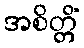
အစိတ္တိံ